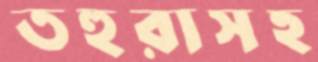
তহুরাসহ